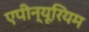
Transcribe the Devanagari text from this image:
एपीन्यूरियम